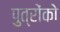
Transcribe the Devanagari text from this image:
पुत्राेंकाे